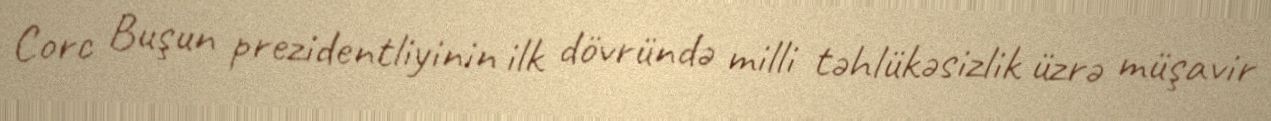
Corc Buşun prezidentliyinin ilk dövründə milli təhlükəsizlik üzrə müşavir